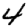
Digit: 4